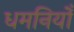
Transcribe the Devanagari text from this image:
धमनियोँ